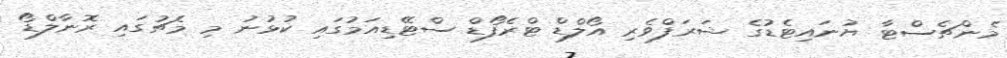
މެންޗެސްޓާ ޔުނައިޓެޑުގެ ޝަރަފްވެރި އޯލްޑް ޓްރެފޯޑް ސްޓޭޑިއަމުގައި ކުޅުނު މި މެޗުގައި ރޮނާލްޑޯ